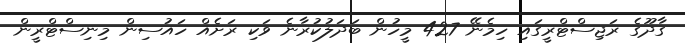
ގާދޫގެ ރަޖިސްޓްރީގައި ހިމެނޭ 427 މީހުން ބަދަލުކުރާނެ ވަކި ރަށެއް ހައުސިން މިނިސްޓްރީން